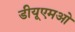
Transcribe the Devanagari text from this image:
डीयूएमओ